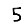
Digit: 5